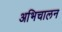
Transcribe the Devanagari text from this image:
अभिचालन